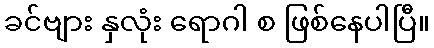
ခင်ဗျား နှလုံး ရောဂါ စ ဖြစ်နေပါပြီ။